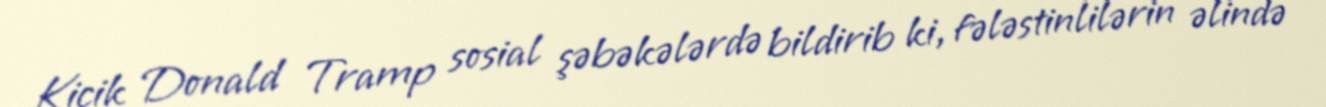
Kiçik Donald Tramp sosial şəbəkələrdə bildirib ki, fələstinlilərin əlində